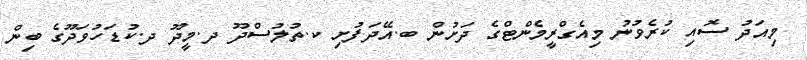
މިއަދު ސޮއި ކުރެވުނު މިއެގްރީމެންޓްގެ ދަށުން ބ.އޭދަފުށި ކ.ތުލުސްދޫ ދ.މީދޫ ދ.ކުޑަހުވަދޫގެ ބިން